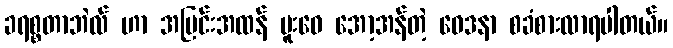
ခရစ္စတာဘဲလ် ဟာ အပြင်းအထန် မူးဝေ အော့အန်တဲ့ ဝေဒနာ စခံစားလာရပါတယ်။